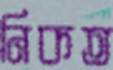
নিকত